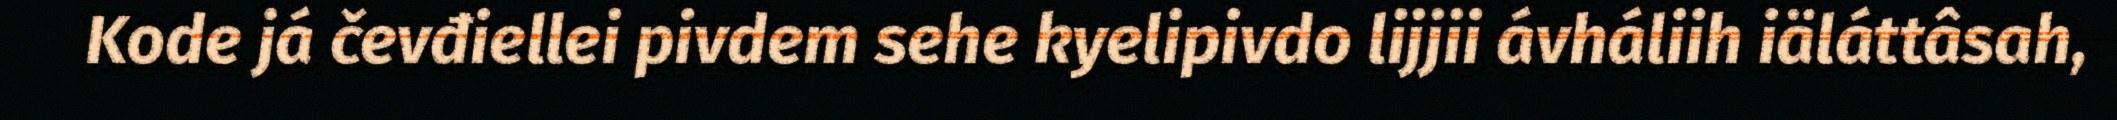
Kode já čevđiellei pivdem sehe kyelipivdo lijjii ávháliih iäláttâsah,